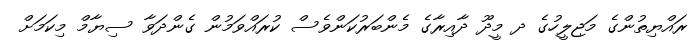
ރައްޔިތުންގެ މަޖިލީހުގެ ދ މީދޫ ދާއިރާގެ މެންބަރުކަންވެސް ކުރައްވަމުން ގެންދަވާ ސިޔާމް މިކަމަށް